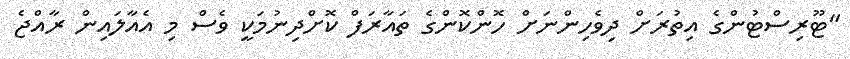
"ޓޫރިސްޓުންގެ އިތުރަށް ދިވެހިންނަށް ހޮންކޮންގެ ތައާރަފް ކޮށްދިނުމަކީ ވެސް މި އެއާލައިން ރާއްޖެ